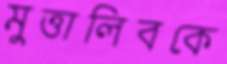
মুত্তালিবকে